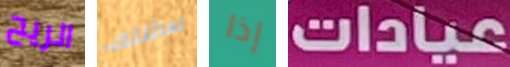
الريح لعائلتك إذا عيادات